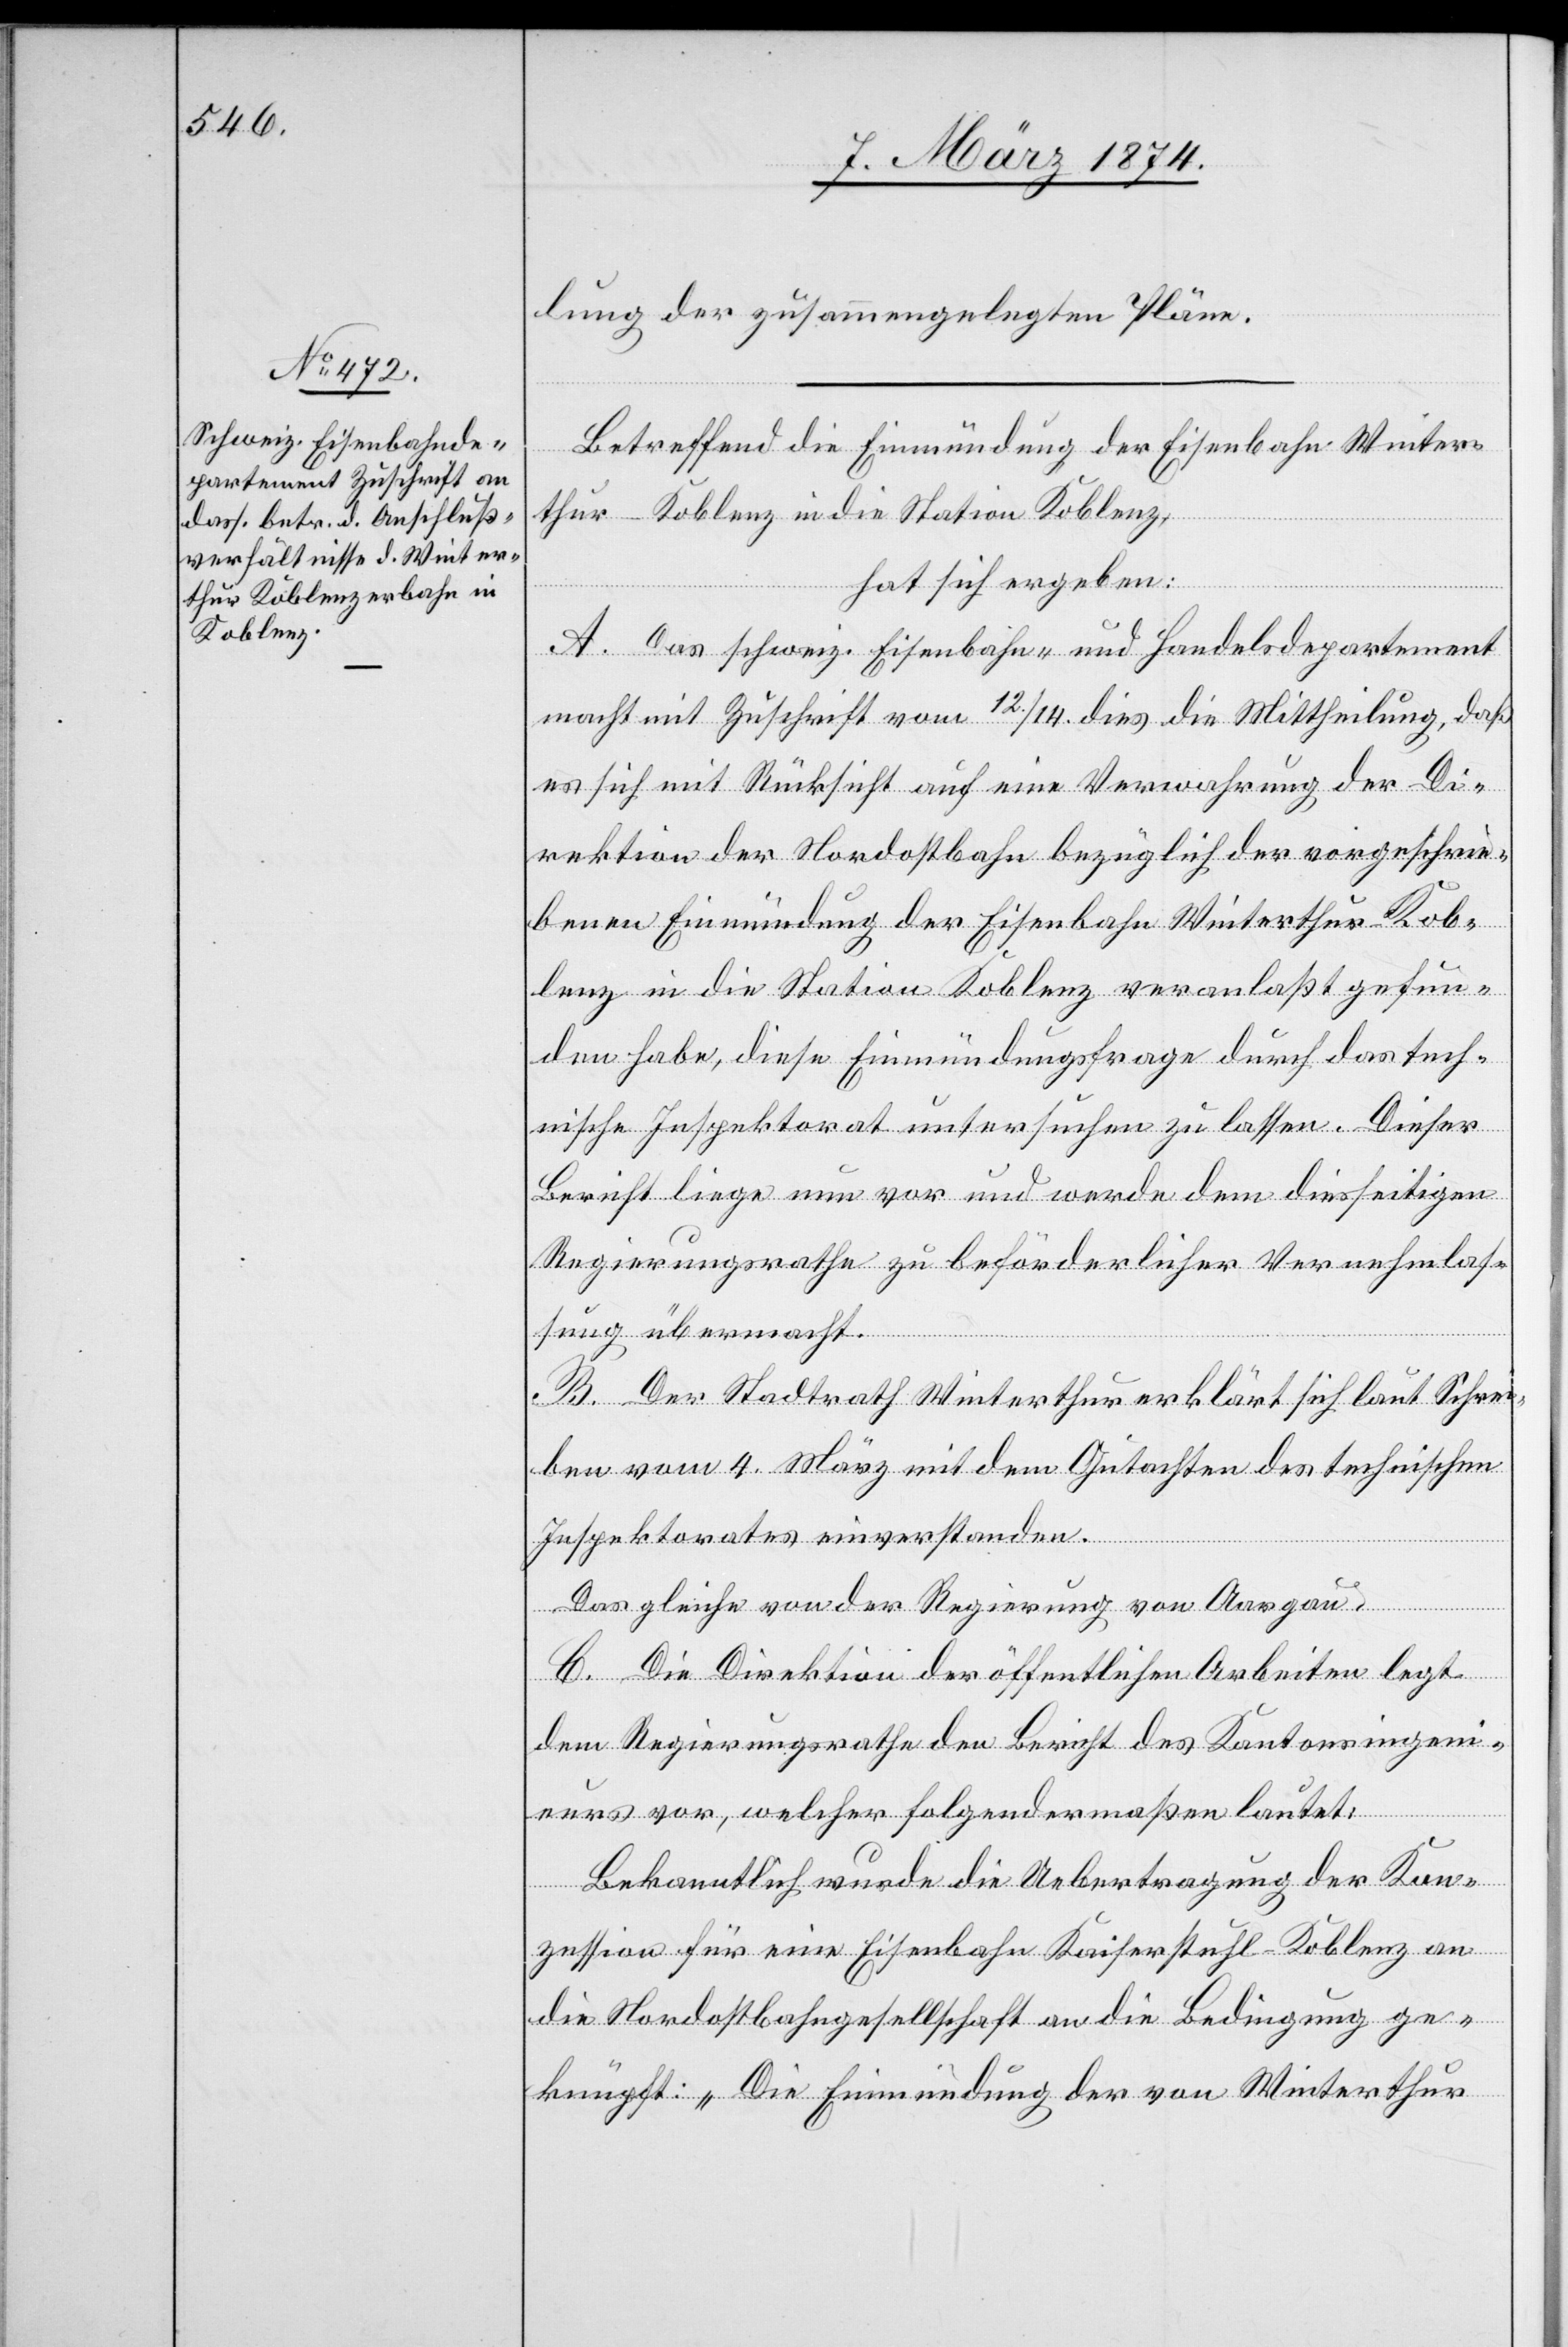
lung der zusammengelegten Pläne.
Betreffend die Einmündung der Eisenbahn Winter¬
thur-Koblenz in die Station Koblenz,
hat sich ergeben:
A. Das schweiz. Eisenbahn- und Handelsdepartement
macht mit Zuschrift vom 12./14. dies die Mittheilung, daß
es sich mit Rücksicht auf eine Verwahrung der Di¬
rektion der Nordostbahn bezüglich der vorgeschrie¬
benen Einmündung der Eisenbahn Winterthur-Kob¬
lenz in die Station Koblenz veranlaßt gefun¬
den habe, diese Einmündungsfrage durch das tech¬
nische Inspektorat untersuchen zu lassen. Dieser
Bericht liege nun vor und werde dem diesseitigen
Regierungsrathe zu beförderlicher Vernehmlas¬
sung übermacht.
B. Der Stadtrath Winterthur erklärt sich laut Schrei¬
ben vom 4. März mit dem Gutachten des technischen
Inspektorates einverstanden.
Das gleiche von der Regierung von Aargau.
B. Die Direktion der öffentlichen Arbeiten legt
dem Regierungsrathe den Bericht des Kantonsingeni¬
eurs vor, welcher folgendermaßen lautet:
Bekanntlich wurde die Uebertragung der Kon¬
zession für eine Eisenbahn Kaiserstuhl-Koblenz an
die Nordostbahngesellschaft an die Bedingung ge¬
knüpft: „Die Einmündung der von Winterthur